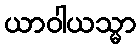
ယာဝါယသ္မာ